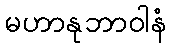
မဟာနုဘာဝါနံ